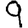
Digit: 9